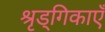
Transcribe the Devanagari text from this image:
श्रृड्गिकाएँ